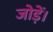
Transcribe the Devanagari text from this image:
जोड़ें।